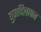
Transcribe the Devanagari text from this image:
बुज़दिलापन